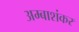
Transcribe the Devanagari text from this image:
अम्बाशंकर